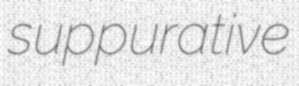
suppurative